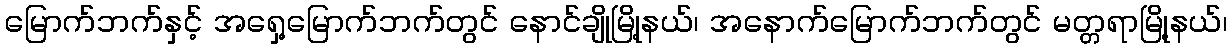
မြောက်ဘက်နှင့် အရှေ့မြောက်ဘက်တွင် နောင်ချိုမြို့နယ်၊ အနောက်မြောက်ဘက်တွင် မတ္တရာမြို့နယ်၊